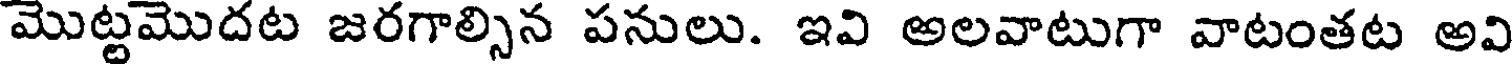
మొట్టమొదట జరగాల్సిన పనులు. ఇవి అలవాటుగా వాటంతట అవి